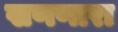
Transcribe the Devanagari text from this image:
खणणारा